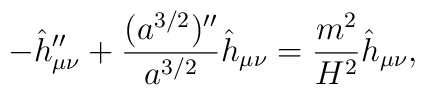
-\hat h_{\mu\nu}''+{(a^{3/2})''\over a^{3/2}} \hat h_{\mu\nu}= {m^2\over H^2} \hat h_{\mu\nu},